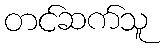
တင်ဆက်သူ